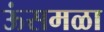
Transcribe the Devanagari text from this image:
ऊंसमळा